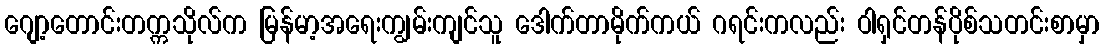
ဂျော့တောင်းတက္ကသိုလ်က မြန်မာ့အရေးကျွမ်းကျင်သူ ဒေါက်တာမိုက်ကယ် ဂရင်းကလည်း ဝါရှင်တန်ပိုစ်သတင်းစာမှာ